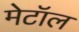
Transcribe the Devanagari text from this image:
मेटॉल